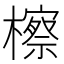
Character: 檫